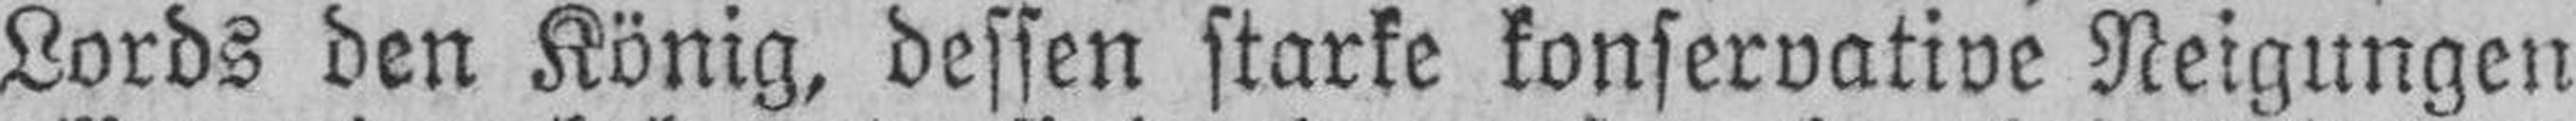
Lords den König, dessen starke konservative Neigungen